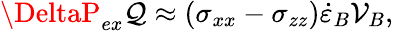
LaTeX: \DeltaP_{ex}\mathcal{Q}\approx(\sigma_{xx}-\sigma_{zz})\dot{{\varepsilon}}_{B}\mathcal{{V}}_{B},